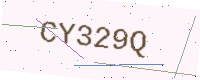
Text: CY329Q